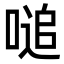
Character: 㗓